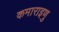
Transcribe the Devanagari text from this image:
कमाराइणु